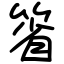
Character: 箵